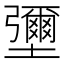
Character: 𡓭